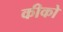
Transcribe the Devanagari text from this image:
कीको